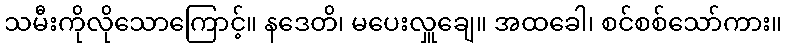
သမီးကိုလိုသောကြောင့်။ နဒေတိ၊ မပေးလှူချေ။ အထခေါ၊ စင်စစ်သော်ကား။